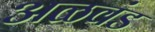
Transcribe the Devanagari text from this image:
अळवंड